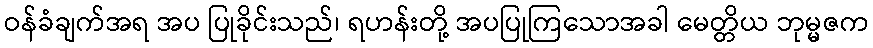
ဝန်ခံချက်အရ အပ ပြုခိုင်းသည်၊ ရဟန်းတို့ အပပြုကြသောအခါ မေတ္တိယ ဘုမ္မဇက